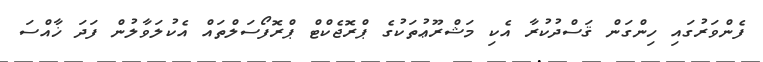
ފެންވަރުގައި ހިންގަން ޤަސްދުކުރާ އެކި މަޝްރޫޢުތަކުގެ ޕްރޮޖެކްޓް ޕްރޮފޯސަލްތައް އެކުލަވާލުން ފަދަ ޚާއްސަ